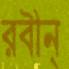
রবীন্